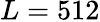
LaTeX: L=512